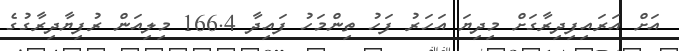
އަށް އަރައިފިދިރާގަށް މިދިޔަ އަހަރު ފަހު ތިންމަހު ފައިދާ 166.4 މިލިއަން ރުފިޔާދިރާގުގެ